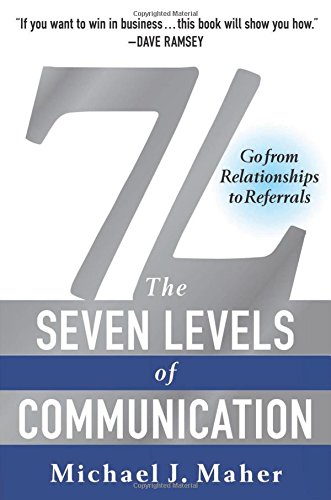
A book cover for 7L: The Seven Levels of Communication: Go From Relationships to Referrals; Michael J. Maher; Business & Money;